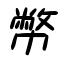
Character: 幣